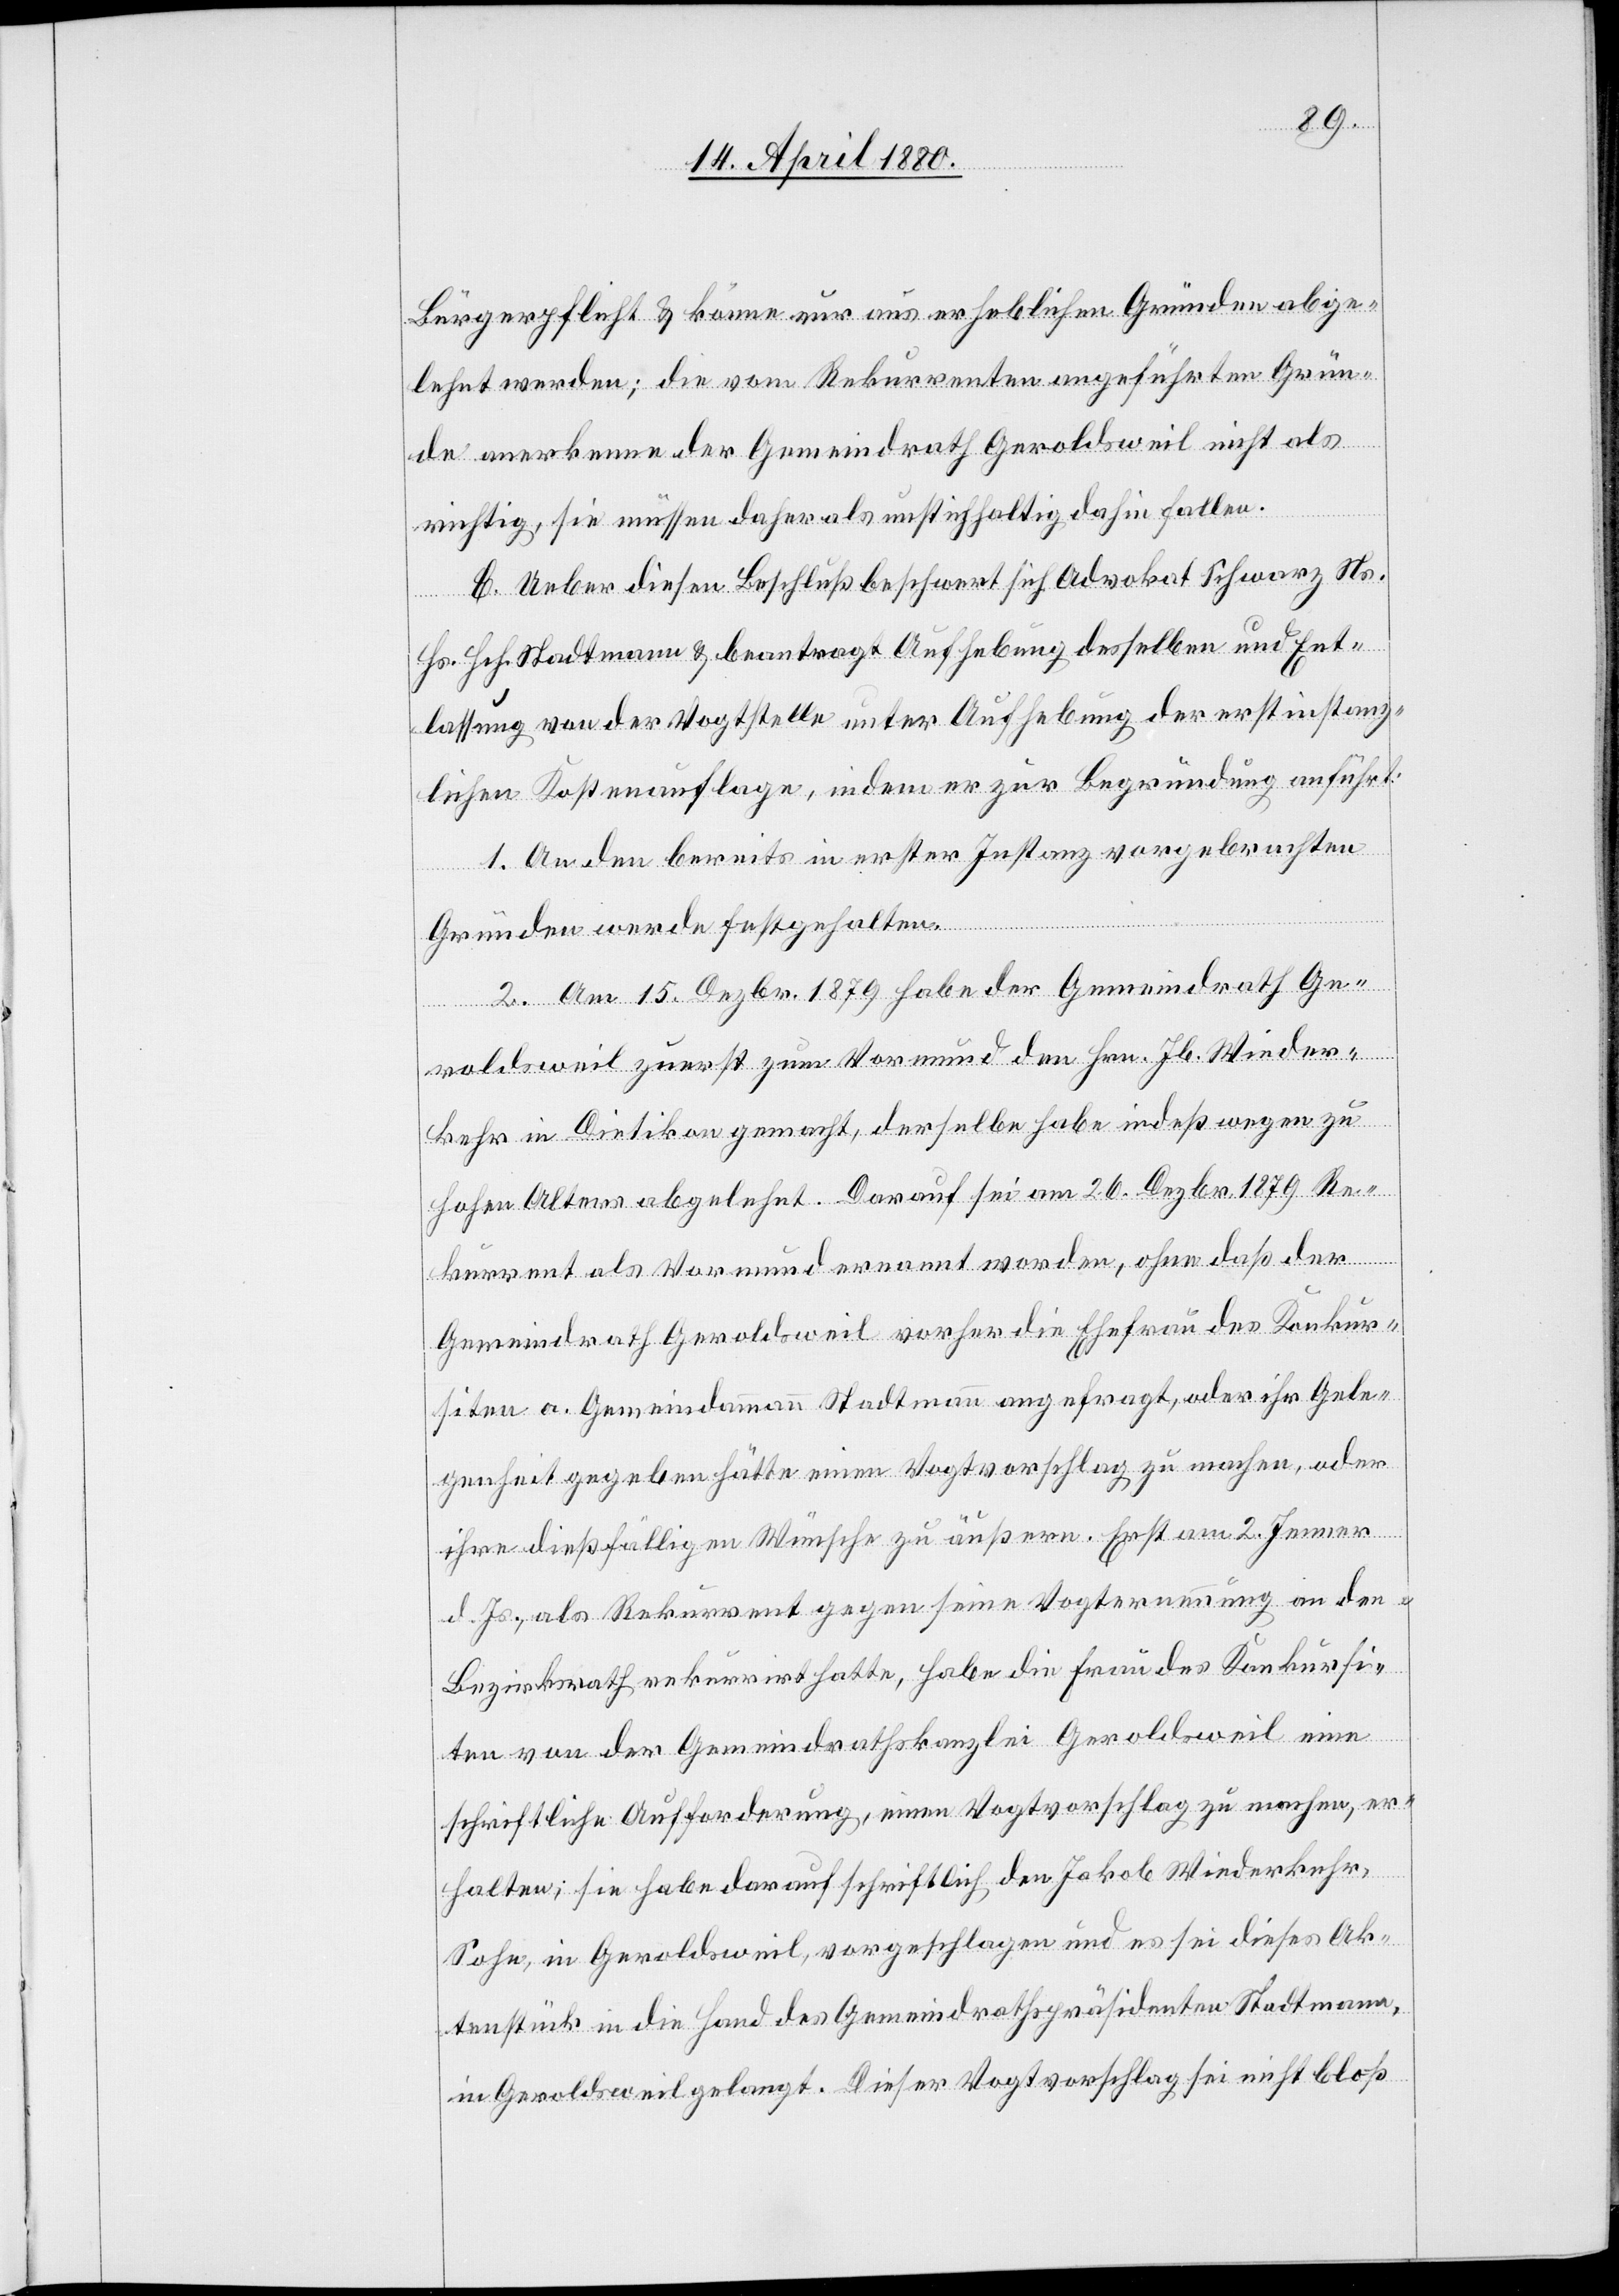
Bürgerpflicht & könne nur aus erheblichen Gründen abge¬
lehnt werden; die vom Rekurrenten angeführten Grün¬
de anerkenne der Gemeindrath Geroldsweil nicht als
richtig, sie müssen daher als unstichhaltig dahin fallen.
C. Ueber diesen Beschluß beschwert sich Advokat Schwarz Ns.
Hs. Hch. Stadtmann & beantragt Aufhebung desselben und Ent¬
lassung von der Vogtstelle unter Aufhebung der erstinstanz¬
lichen Kostenauflage, indem er zur Begründung anführt:
1. An den bereits in erster Instanz vorgebrachten
Gründen werde festgehalten.
2. Am 15. Dezbr. 1879 habe der Gemeindrath Ge¬
roldsweil zuerst zum Vormund den Hrn. Jb. Wieder¬
kehr in Dietikon gemacht, derselbe habe indeß wegen zu
hohen Alters abgelehnt. Darauf sei am 26. Dezbr. 1879 Re¬
kurrent als Vormund ernannt worden, ohne daß der
Gemeindrath Geroldsweil vorher die Ehefrau des Konkur¬
siten a. Gemeindammann Stadtmann angefragt, oder ihr Gele¬
genheit gegeben hätte einen Vogtvorschlag zu machen, oder
ihre dießfälligen Wünsche zu äußern. Erst am 2. Jenner
d. Js., als Rekurrent gegen seine Vogternennung an den
Bezirksrath rekurrirt hatte, habe die Frau des Konkursi¬
ten von der Gemeindrathskanzlei Geroldsweil eine
schriftliche Aufforderung, einen Vogtvorschlag zu machen, er¬
halten; sie habe darauf schriftlich den Jakob Widerkehr,
Sohn, in Geroldsweil, vorgeschlagen und es sei dieses Ak¬
tenstück in die Hand des Gemeindrathspräsidenten Stadtmann,
in Geroldsweil gelangt. Dieser Vogtvorschlag sei nicht bloß